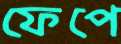
ফেপে